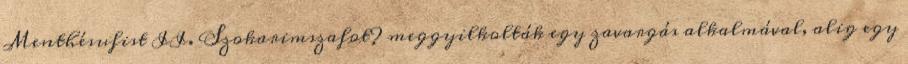
Menthésufist II. Szokarimszafot? meggyilkolták egy zavargás alkalmával, alig egy